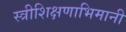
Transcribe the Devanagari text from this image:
स्त्रीशिक्षणाभिमानी